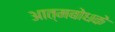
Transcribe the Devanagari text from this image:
आत्मबोधके